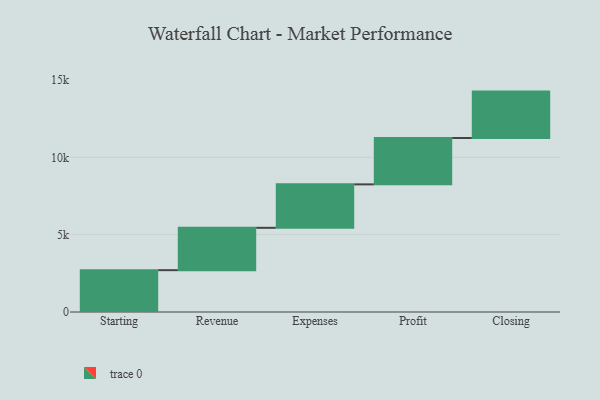
{"axis": {"x": "Step", "y": "Value"}, "legend": [""], "data": [{"x": "Starting", "y": 2705.0, "type": ""}, {"x": "Revenue", "y": 2740.0, "type": ""}, {"x": "Expenses", "y": 2809.0, "type": ""}, {"x": "Profit", "y": 3000, "type": ""}, {"x": "Closing", "y": 3000, "type": ""}]}